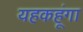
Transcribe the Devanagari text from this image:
यहकहूंगा